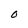
Character: O